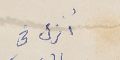
أنزل في